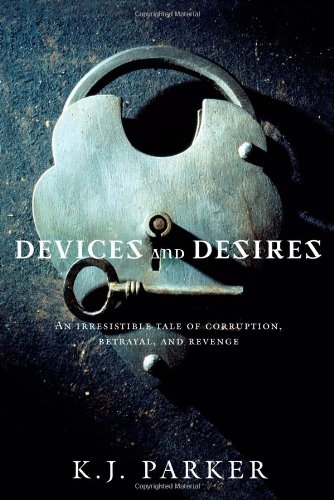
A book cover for Devices and Desires (Engineer Trilogy); K. J. Parker; Literature & Fiction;